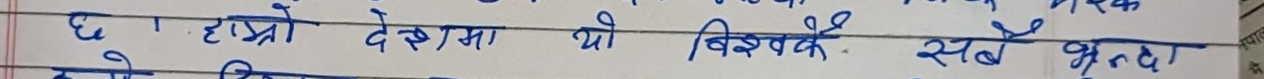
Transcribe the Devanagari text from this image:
छ । हाम्रो देशमा यो विश्वकै सबै भन्दा